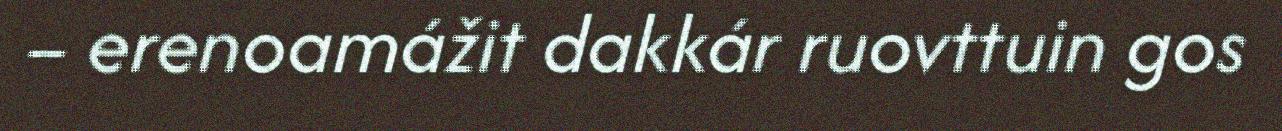
– erenoamážit dakkár ruovttuin gos